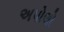
અપોલો